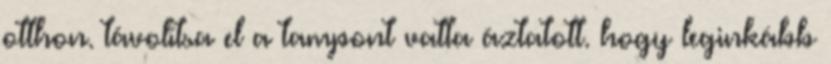
otthon. távolítsa el a tampont vatta áztatott. hogy leginkább